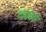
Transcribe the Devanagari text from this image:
खंडकार